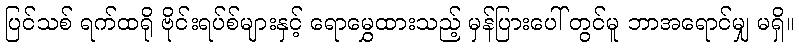
ပြင်သစ် ရက်ထရို ဗိုင်းရပ်စ်များနှင့် ရောမွှေထားသည့် မှန်ပြားပေါ် တွင်မူ ဘာအရောင်မျှ မရှိ။